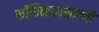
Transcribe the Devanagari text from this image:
कॉन्व्हियासाकडे